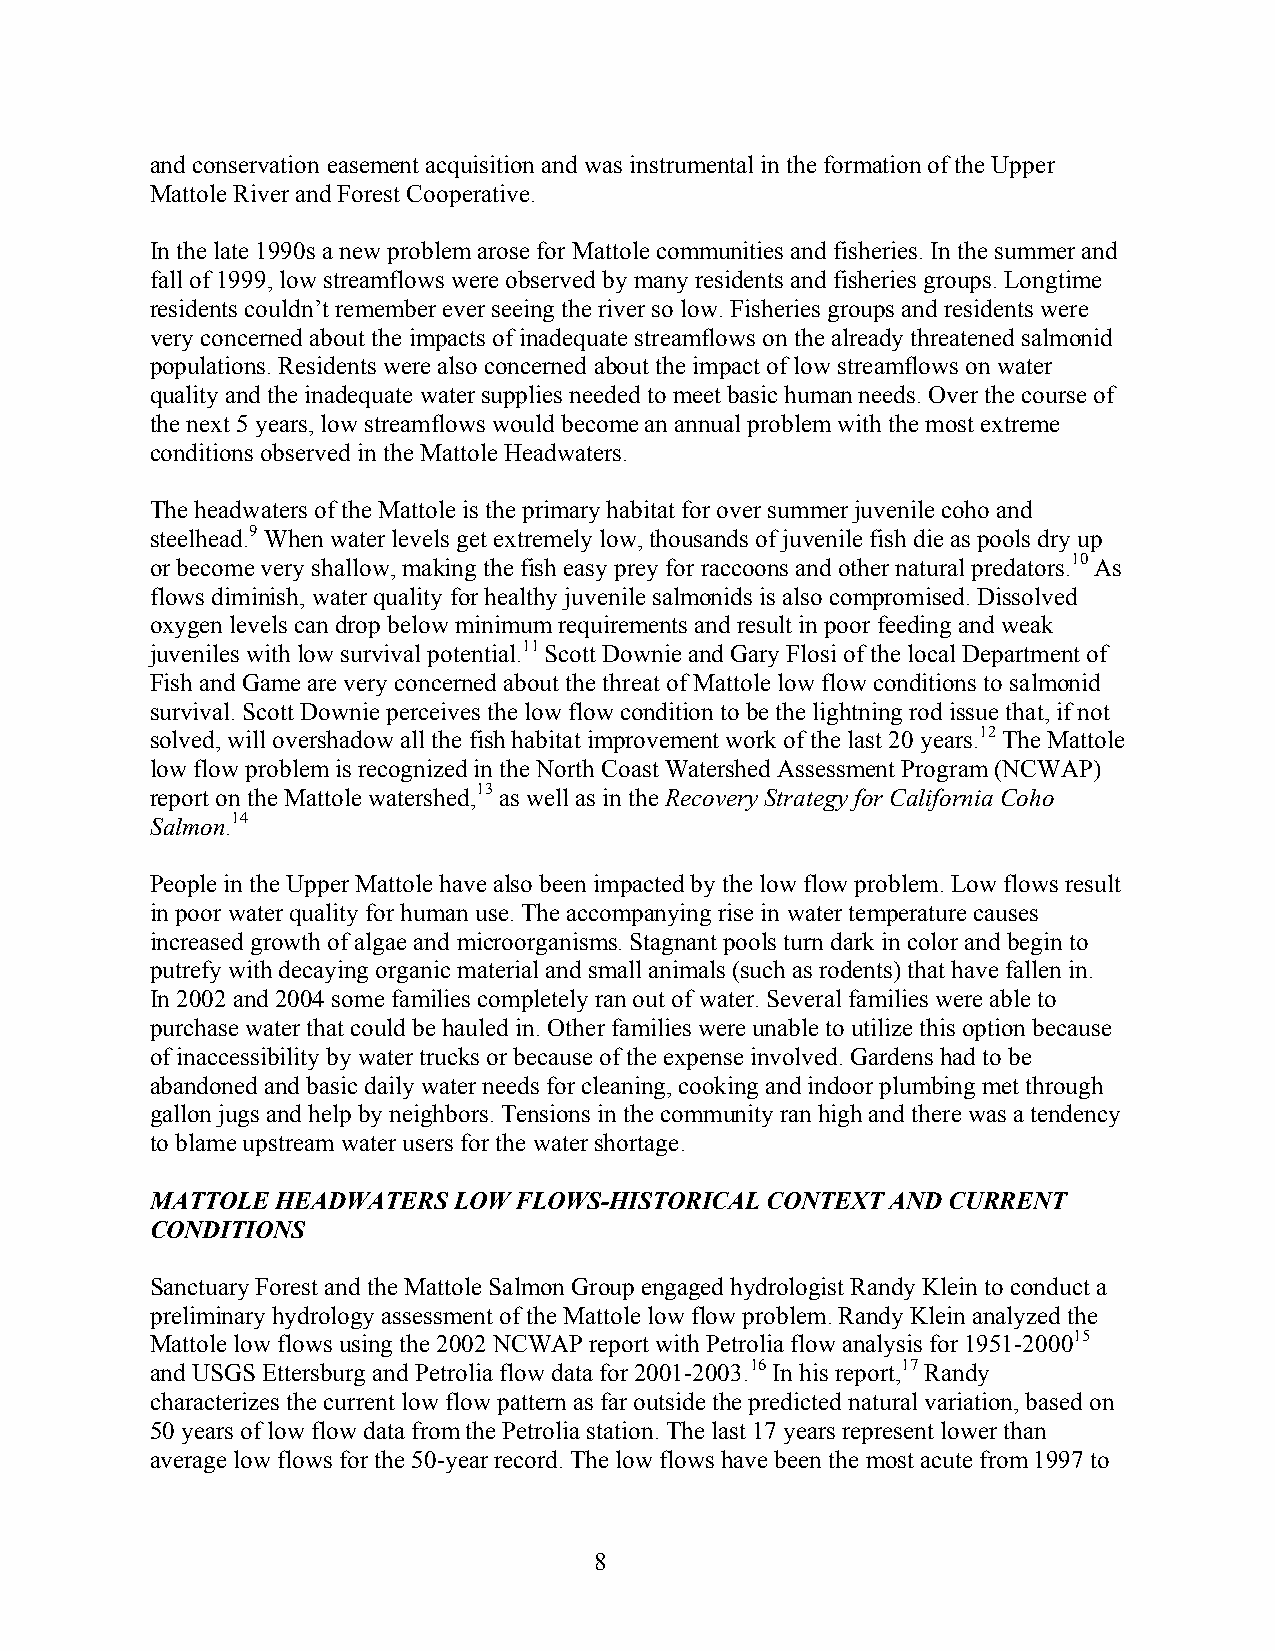
and conservation easement acquisition and was instrumental in the formation of the Upper
 Mattole River and Forest Cooperative.
 In the late 1990s a new problem arose for Mattole communities and fisheries. In the summer and
 fall of 1999, low streamflows were observed by many residents and fisheries groups. Longtime
 residents couldn’t remember ever seeing the river so low. Fisheries groups and residents were
 very concerned about the impacts of inadequate streamflows on the already threatened salmonid
 populations. Residents were also concerned about the impact of low streamflows on water
 quality and the inadequate water supplies needed to meet basic human needs. Over the course of
 the next 5 years, low streamflows would become an annual problem with the most extreme
 conditions observed in the Mattole Headwaters.
 The headwaters of the Mattole is the primary habitat for over summer juvenile coho and
 steelhead.9 When water levels get extremely low, thousands of juvenile fish die as pools dry up
 or become very shallow, making the fish easy prey for raccoons and other natural predators.10 As
 flows diminish, water quality for healthy juvenile salmonids is also compromised. Dissolved
 oxygen levels can drop below minimum requirements and result in poor feeding and weak
 juveniles with low survival potential.11 Scott Downie and Gary Flosi of the local Department of
 Fish and Game are very concerned about the threat of Mattole low flow conditions to salmonid
 survival. Scott Downie perceives the low flow condition to be the lightning rod issue that, if not
 solved, will overshadow all the fish habitat improvement work of the last 20 years.12 The Mattole
 low flow problem is recognized in the North Coast Watershed Assessment Program (NCWAP)
 report on the Mattole watershed,13 as well as in the Recovery Strategy for California Coho
 Salmon.14
 People in the Upper Mattole have also been impacted by the low flow problem. Low flows result
 in poor water quality for human use. The accompanying rise in water temperature causes
 increased growth of algae and microorganisms. Stagnant pools turn dark in color and begin to
 putrefy with decaying organic material and small animals (such as rodents) that have fallen in.
 In 2002 and 2004 some families completely ran out of water. Several families were able to
 purchase water that could be hauled in. Other families were unable to utilize this option because
 of inaccessibility by water trucks or because of the expense involved. Gardens had to be
 abandoned and basic daily water needs for cleaning, cooking and indoor plumbing met through
 gallon jugs and help by neighbors. Tensions in the community ran high and there was a tendency
 to blame upstream water users for the water shortage.
 MATTOLE HEADWATERS  LOW FLOWS-HISTORICAL CONTEXT AND CURRENT
 CONDITIONS
 Sanctuary Forest and the Mattole Salmon Group engaged hydrologist Randy Klein to conduct a
 preliminary hydrology assessment of the Mattole low flow problem. Randy Klein analyzed the
 Mattole low flows using the 2002 NCWAP report with Petrolia flow analysis for 1951-200015
 and USGS Ettersburg and Petrolia flow data for 2001-2003.16 In his report,17 Randy
 characterizes the current low flow pattern as far outside the predicted natural variation, based on
 50 years of low flow data from the Petrolia station. The last 17 years represent lower than
 average low flows for the 50-year record. The low flows have been the most acute from 1997 to
 8